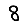
Digit: 8